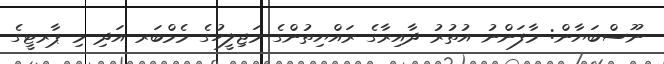
ނޫސްބަޔާން: މާފަންނު އުތުރު ދާއިރާގެ ރައްޔިތުންގެ މަޖިލީހުގެ މެމްބަރ އަދި މި ޕާރޓީގެ